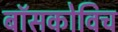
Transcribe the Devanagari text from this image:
बॉसकोविच